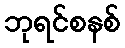
ဘုရင်စနစ်